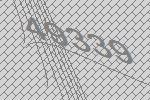
49339